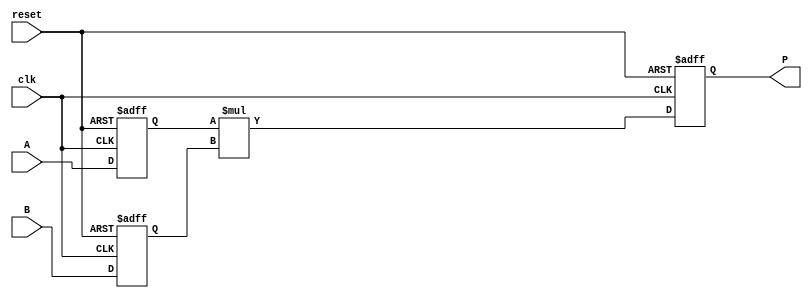
module dsp_mul_signed_reg_active_low_async_reset (clk, reset, A, B, P);
	input clk, reset;
	input signed [19:0] A;
	input signed [17:0] B;
	output wire signed [37:0] P;
	reg signed [19:0] i1;
	reg signed [17:0] i2;
	wire  [37:0] mul;
	wire [63:0] sign_extend;
	reg [63:0] out;
	always @(posedge clk, negedge reset) begin
		if(reset == 1'b0) begin
			i1 <= 0;
			i2 <= 0;
		end
		else begin
			i1 <= A;
			i2 <= B;
		end
	end
	always @(posedge clk , negedge reset) begin
		if (reset ==1'b0 )
			out <= 0;
		else
			out <= sign_extend;
	end

	assign P = out;

	assign mul  = i1 * i2;
	assign sign_extend = {{26{mul[37]}}, mul};

endmodule